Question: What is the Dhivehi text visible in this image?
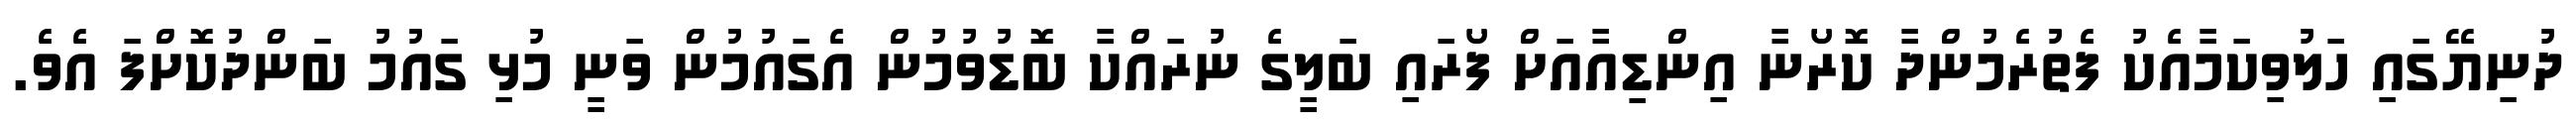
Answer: ދުނިޔޭގައި ހަލުވިކަމާއެކު ފެތުރެމުންދާ ކޮރޯނާ އިންޑިއާއަށް ފޯރައި ބަލީގެ ނުރައްކާ ބޮޑުވުމުން އެގައުމުން ވަނީ މުޅި ގައުމު ބަންދުކޮށްފަ އެވެ.